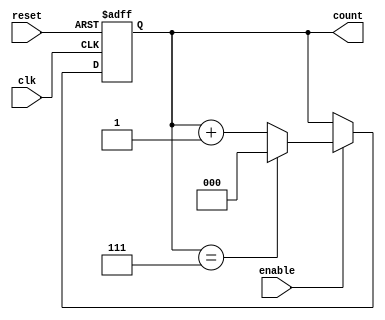
module binary_up_counter (
    input wire clk,          // Clock signal
    input wire reset,        // Asynchronous reset signal
    input wire enable,       // Enable signal
    output reg [N-1:0] count // N-bit counter output
);
    parameter N = 3; // Number of bits for the counter (adjust as needed)

    // Asynchronous reset and counting on clock edge
    always @(posedge clk or posedge reset) begin
        if (reset) begin
            count <= 0; // Reset the counter to 0
        end else if (enable) begin
            if (count == (2**N - 1)) begin
                count <= 0; // Wrap around to 0 if maximum count is reached
            end else begin
                count <= count + 1; // Increment the counter
            end
        end
    end
endmodule